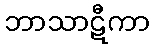
ဘာသာဋီကာ